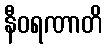
နီဝရဏာတိ